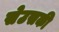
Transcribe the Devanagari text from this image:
सेउसकी